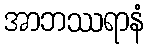
အာဘဿရာနံ